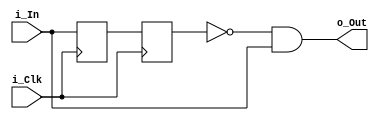
`timescale 1ns / 1ps
//////////////////////////////////////////////////////////////////////////////////
// Company: 
// Engineer: 
// 
// Design Name: 
// Module Name:    level_to_pulse_meely 
// Project Name: 
// Target Devices: 
// Tool versions: 
// Description: 
//
// Dependencies: 
//
// Revision: 
// Revision 0.01 - File Created
// Additional Comments: 
//
//////////////////////////////////////////////////////////////////////////////////
module Level_to_pulse_meely(
	input i_Clk, 
	input i_In,
	
   output o_Out
	);
   reg r1, r2, r3;
	reg out = 0;
	
	reg [1:0] counter = 0;
	
	assign o_Out = !r2 && i_In;

	always @(posedge i_Clk) begin
		r1 <= i_In;
		r2 <= r1;
	end
	
	 
endmodule